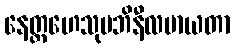
နေတ္တဟေသုမဘိနီလမာယတာ